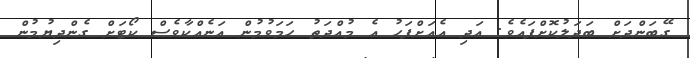
ގޭބަންދަށް ބަދަލުކޮށްފައެވެ. އަދި އެއަށްފަހު އެ މުއްދަތު ހަމަވުމުން އަނެއްކާވެސް ކޯޓަށް ގެންދިޔުމުން